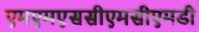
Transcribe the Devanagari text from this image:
एमएमएससीएमसीएमडी